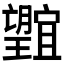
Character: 𭩕